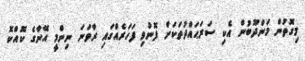
މިގޮތުން މަންދޫބުން އެކި ސަރަޙައްދުތަކަށް ފޮނުވި ފަހަރެއްގައި ރާވަނަ ނިންމީ އޭނާގެ ކޮއްކޮ